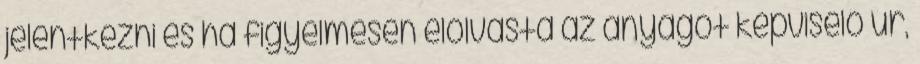
jelentkezni és ha figyelmesen elolvasta az anyagot képviselő úr,